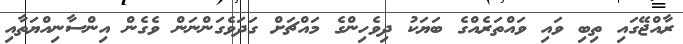
ރާއްޖޭގައި ތިބި ވައި ވައްތަރެއްގެ ބަަޔަކު ދިވެހިންގެ މައްޗަށް ގަދަވެގަންނަން ވެގެން އިންސާނިއްޔަތާއި